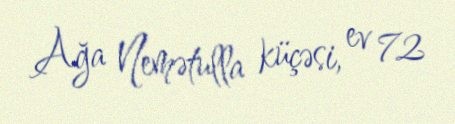
Ağa Nemətulla küçəsi, ev 72